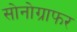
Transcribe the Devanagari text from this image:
सोनोग्राफर